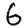
Digit: 6